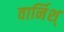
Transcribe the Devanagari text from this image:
वार्निश्